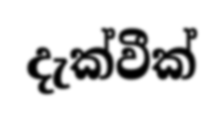
දැක්වීක්